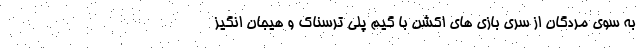
به سوی مردگان از سری بازی های اکشن با گیم پلی ترسناک و هیجان انگیز